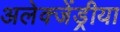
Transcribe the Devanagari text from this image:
अलेक्जेंड्रीया